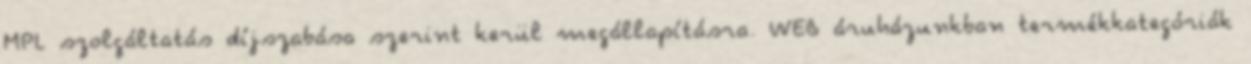
MPL szolgáltatás díjszabása szerint kerül megállapításra. WEB áruházunkban termékkategóriák